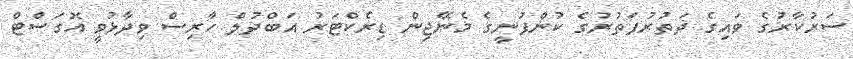
ސަރުކާރުގެ ވައިގެ ދަތުރުފަތުރުގެ ކުންފުނީގެ މެނޭޖިން ޑިރެކްޓަރު އަބްދުލް ހާރިސް ވިދާޅުވީ އޮގަސްޓް